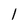
Character: 1